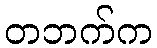
တဘက်က